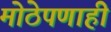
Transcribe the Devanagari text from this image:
मोठेपणाही